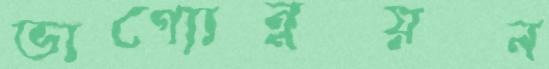
ভাগ্যোন্নয়ন